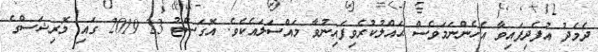
ދެމެދު އުފެދިފައިވާ އެހެންނަމަވެސް ޙައްލުކުރެވިފައިނުވާ މައްސަލައެކެވެ. އޮގަސްޓު 23 2019 ގައި މޮރިޝަސްގެ